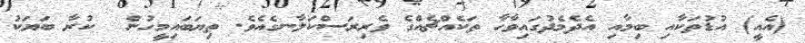
(އެއީ) އުޑުތަކާއި ބިމާއި އެދެމެދުގައިވާހާ ތަކެއްޗެއްގެ ވެރިރަސްކަލާނގެއެވެ. ތިޔަބައިމީހުން  ކުރާ ބަޔަކު